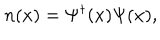
LaTeX: n ( x ) = \Psi ^ { \dagger } ( x ) \Psi ( x ) ,